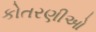
કોતરણીઓ